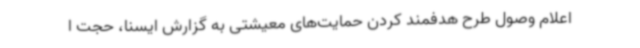
اعلام وصول طرح هدفمند کردن حمایت‌های معیشتی به گزارش ایسنا، حجت ا